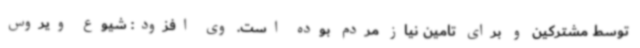
توسط مشترکین و برای تامین نیاز مردم بوده است. وی افزود: شیوع ویروس